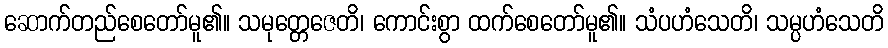
ဆောက်တည်စေတော်မူ၏။ သမုတ္တေဇေတိ၊ ကောင်းစွာ ထက်စေတော်မူ၏။ သံပဟံသေတိ၊ သမ္ပဟံသေတိ